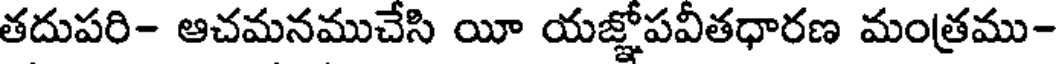
తదుపరి- ఆచమనముచేసి యీ యజ్ఞోపవీతధారణ మంత్రము-